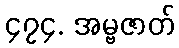
၄၇၄. အမ္ဗဇာတ်